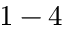
1 - 4